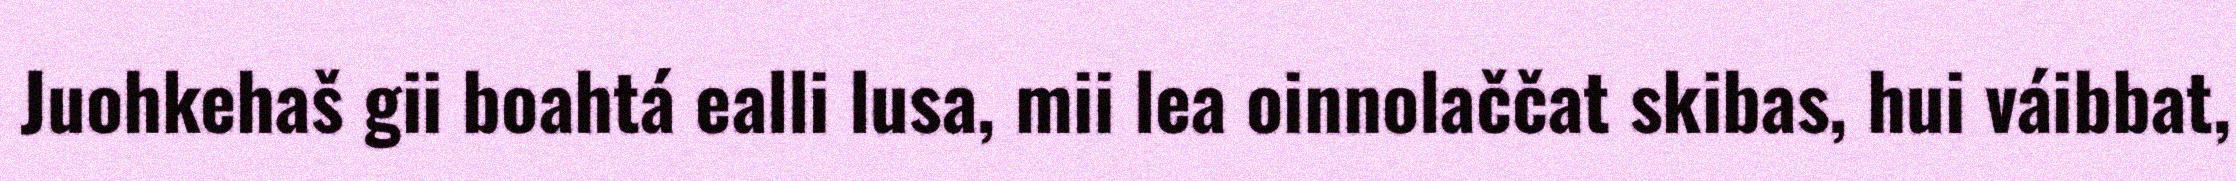
Juohkehaš gii boahtá ealli lusa, mii lea oinnolaččat skibas, hui váibbat,